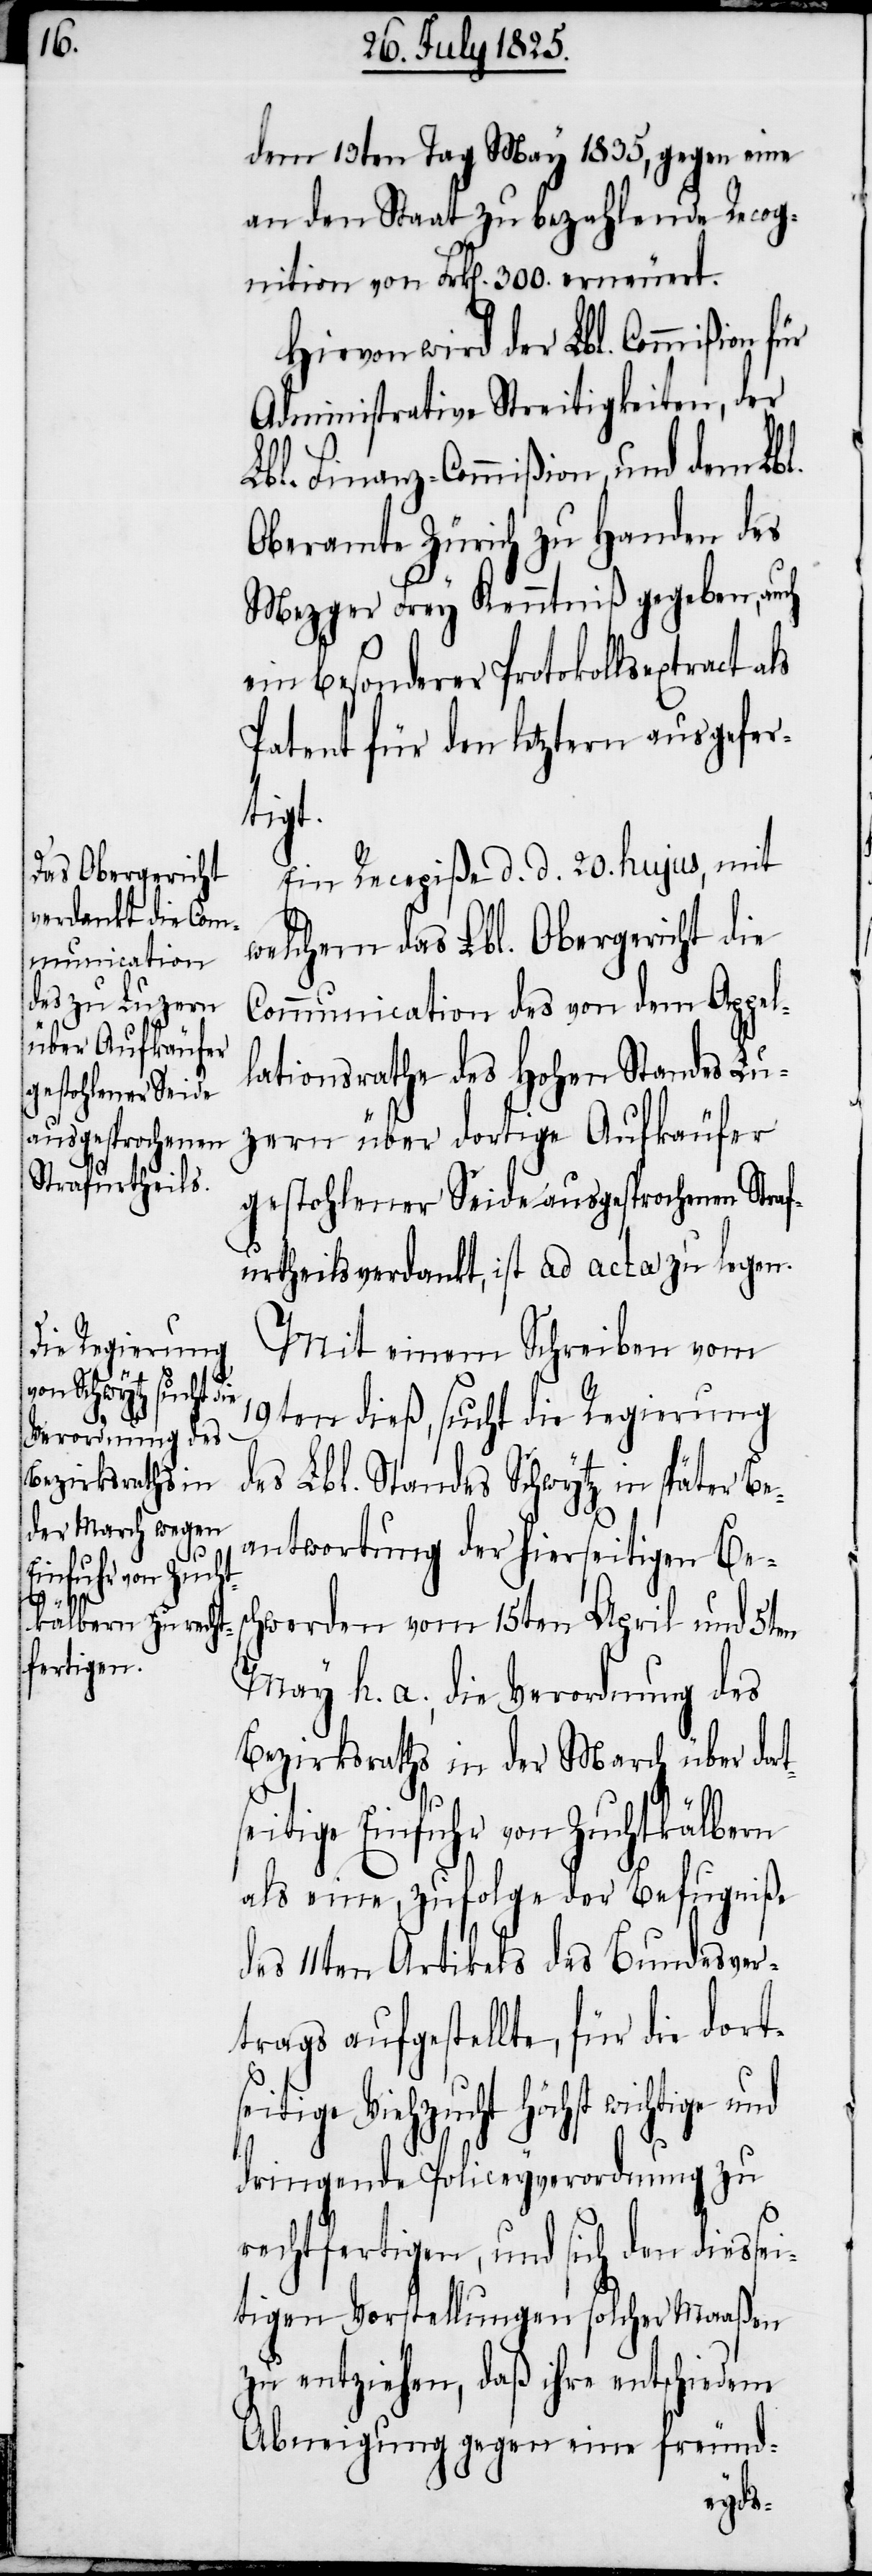
t¬

dem 13ten Tag May 1835, gegen eine
an den Staat zu bezahlende Recog¬
nition von Frk[en]. 300. erneuert.
Hievon wird der Lbl. Commission
Administrative Streitigkeiten, der
Oberamte Zürich zu Handen des
Mezger Frey Kenntniß gegeben, auch
ein besonderes Protokollsextract
Patent für den letztern ausgefer¬
tigt.
Ein Recepiße d. d. 20. hujus, mit
welchem das Lbl. Obergericht die
Communication des von dem Appe¬
lationsrathe des Hohen Standes Lu¬
zern über dortige Aufkäufer
gestohlener Seide ausgesprochenen Stra¬
furtheils verdankt, ist ad acta zu legen.
Mit einem Schreiben vom
19ten dieß, sucht die Regierung
des Lbl. Standes Schwytz in später Be¬
antwortung der hierseitigen Bes¬
chwerden vom 15ten April und 5ten
May h. a., die Verordnung des
Bezirksraths in der March über dor¬
seitige Einfuhr von Zuchtkälbern
als eine, zufolge der Befugniße
des 11ten Artikels des Bundesver¬
trags aufgestellte, für die dorts¬
Viehzucht höchst wichtige und
dringende Policeyverordnung zu
rechtfertigen, und sich den diessei¬
tigen Vorstellungen solche Maaßen
zu entziehen, daß ihre entschiedene
Abneigung gegen eine freund-
eitige